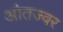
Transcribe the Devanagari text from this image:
आंतज्वर